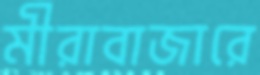
মীরাবাজারে